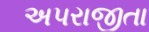
અપરાજીતા